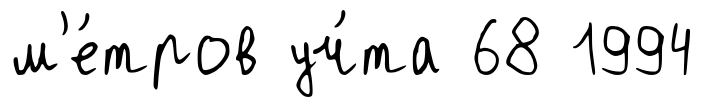
м'е́тров уч́та 68 1994